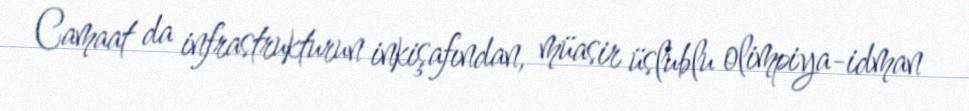
Camaat da infrastrukturun inkişafından, müasir üslublu olimpiya-idman